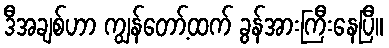
ဒီအချစ်ဟာ ကျွန်တော့်ထက် ခွန်အားကြီးနေပြီ။